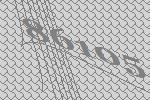
86105